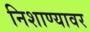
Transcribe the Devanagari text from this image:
निशाण्यावर